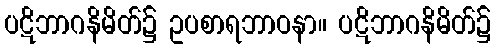
ပဋိဘာဂနိမိတ်၌ ဥပစာရဘာဝနာ။ ပဋိဘာဂနိမိတ်၌